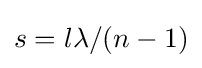
s=l\lambda /(n-1)